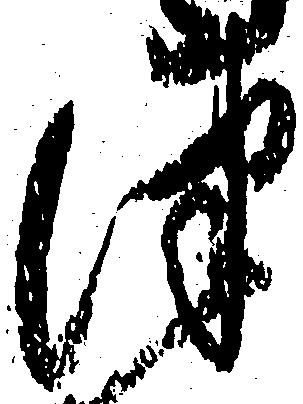
津